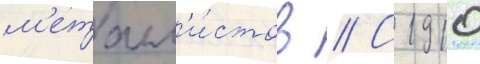
м'еталл'и́стов // С 1910